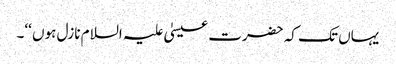
یہاں تک کہ حضرت عیسیٰ علیہ السلام نازل ہوں ‘‘۔